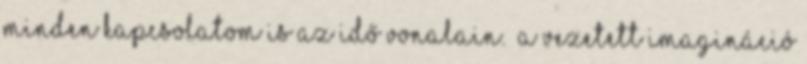
minden kapcsolatom is az idő vonalain.” A vezetett imagináció